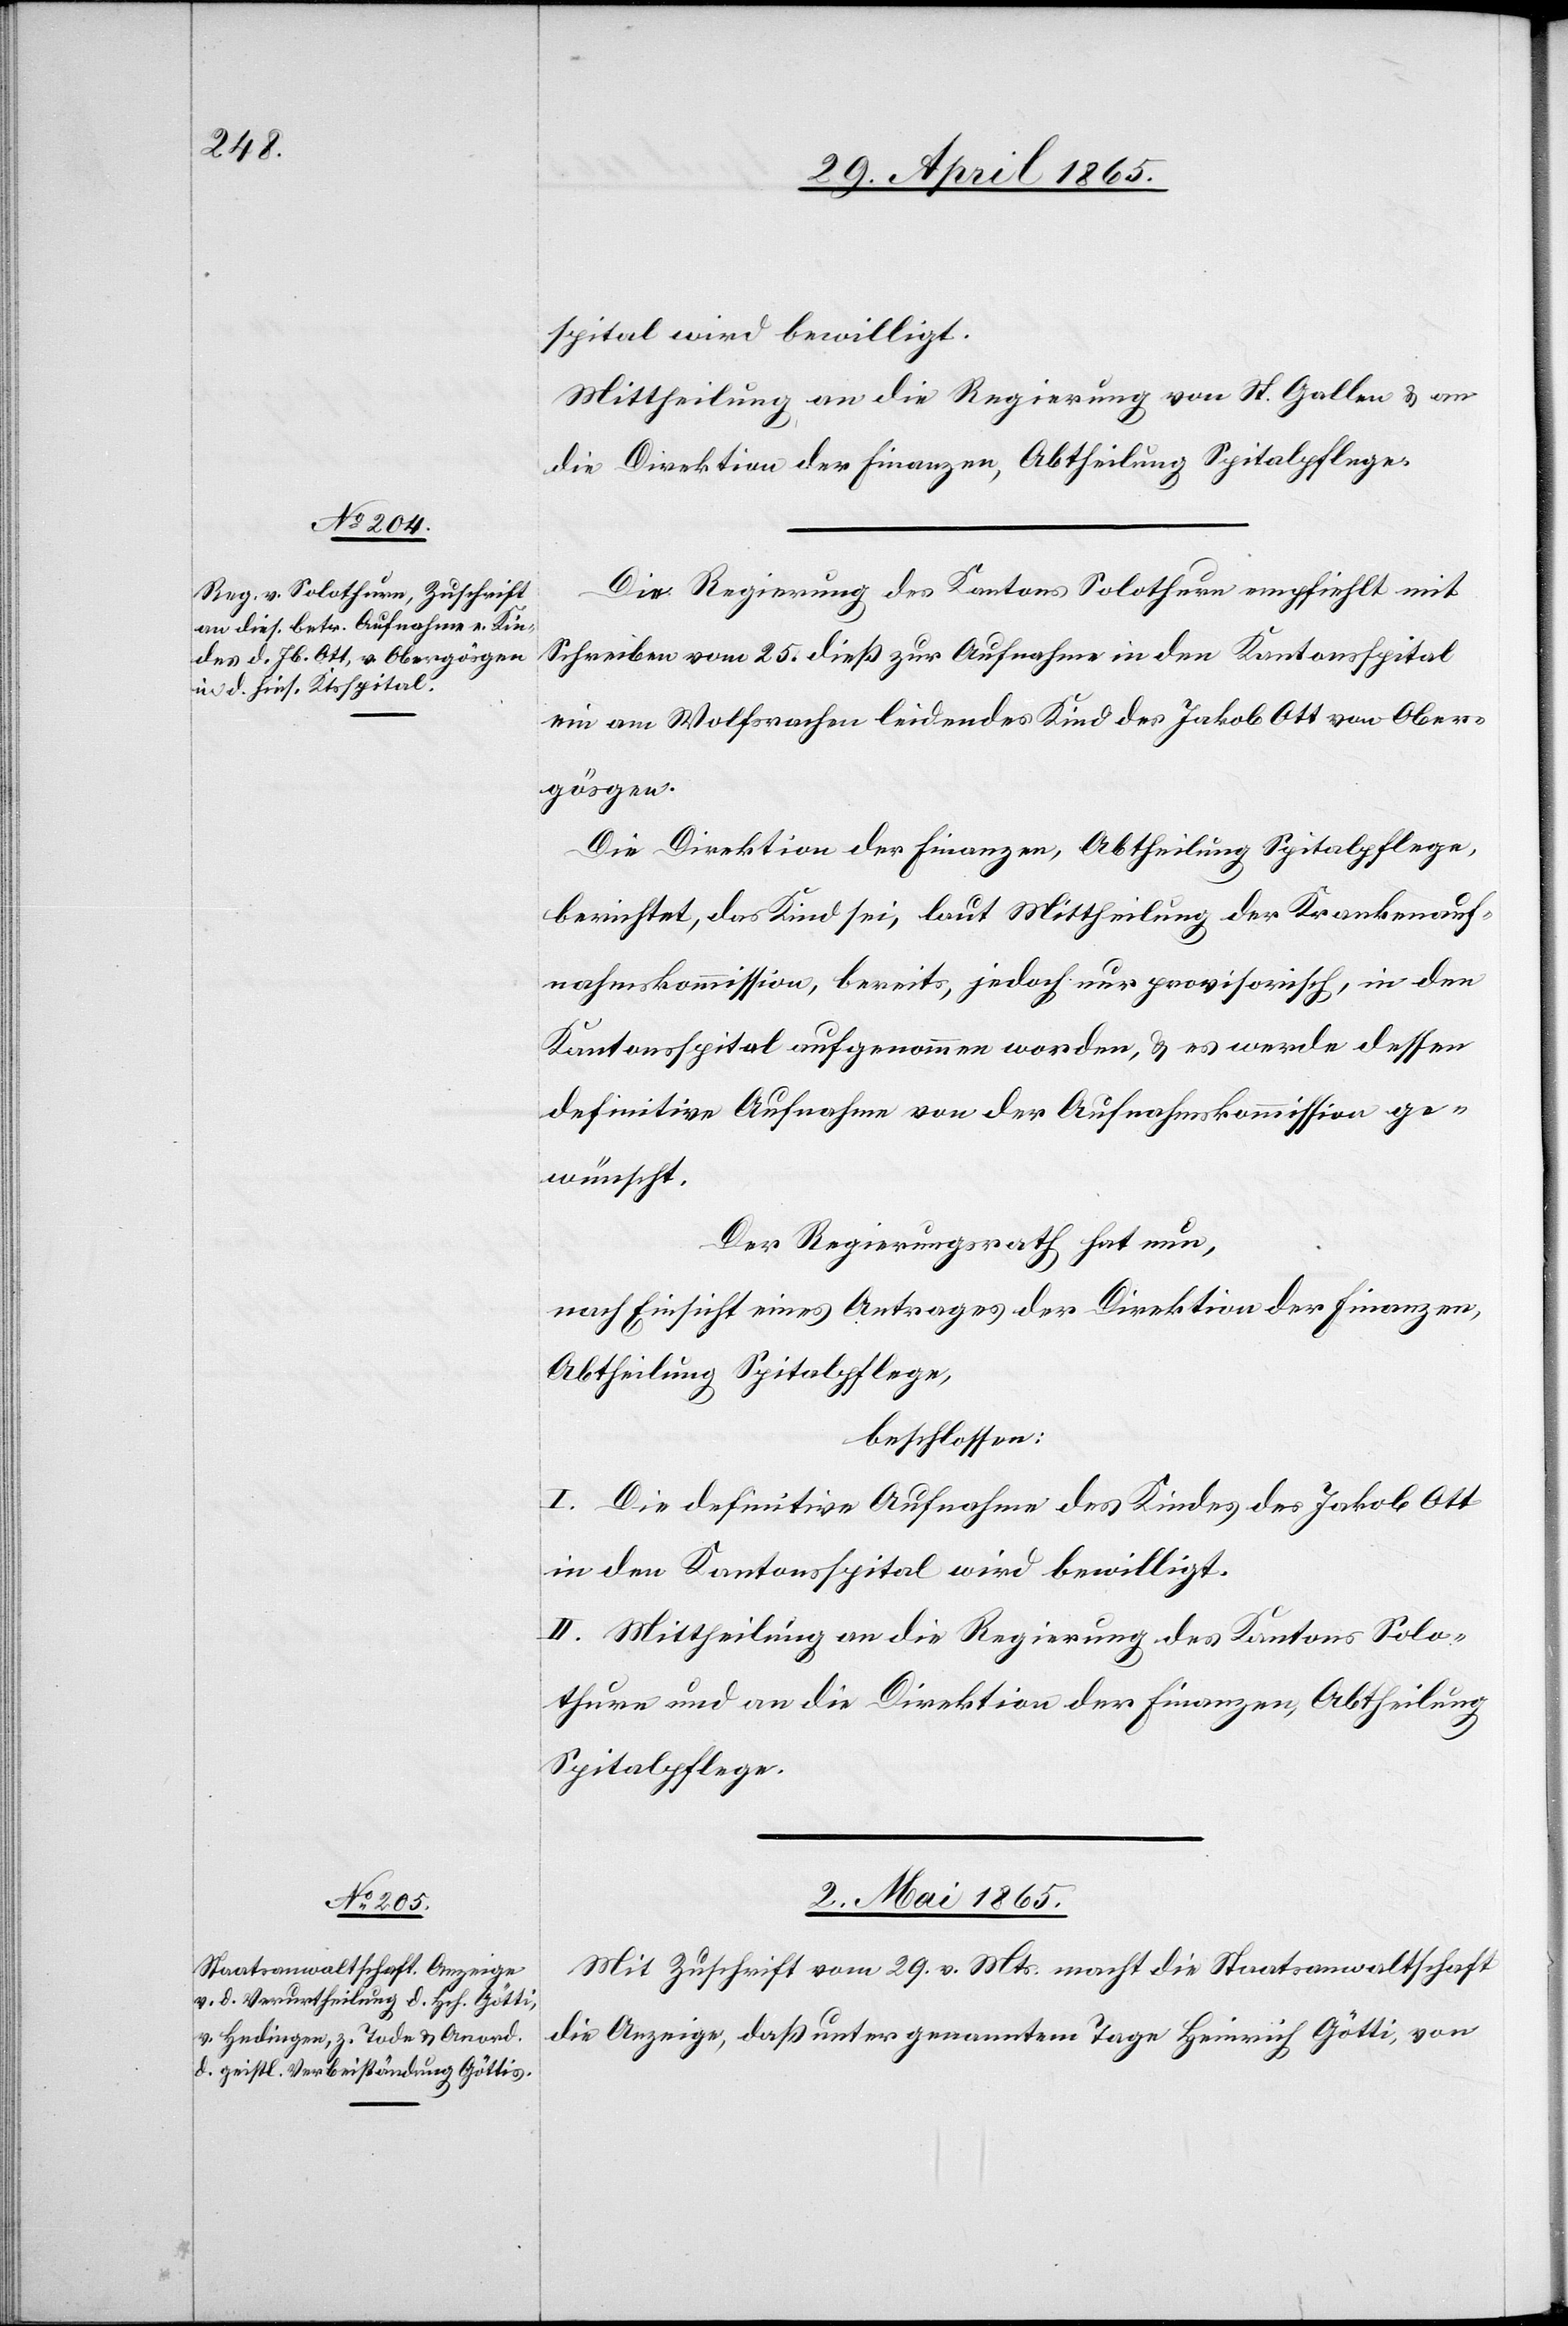
29. April 1865.]
spital wird bewilligt.
Mittheilung an die Regierung von St. Gallen & an
die Direktion der Finanzen, Abtheilung Spitalpflege.
Die Regierung des Kantons Solothurn empfiehlt mit
Schreiben vom 25. dieß zur Aufnahme in den Kantonsspital
ein am Wolfsrachen leidendes Kind des Jakob Ott von Ober¬
gösgen.
Die Direktion der Finanzen, Abtheilung Spitalpflege,
berichtet, das Kind sei, laut Mittheilung der Krankenauf¬
nahmskommission, bereits, jedoch nur provisorisch, in den
Kantonsspital aufgenommen worden, & es werde dessen
definitive Aufnahme von der Aufnahmskommission ge¬
wünscht.
Der Regierungsrath hat nun,
nach Einsicht eines Antrages der Direktion der Finanzen,
Abtheilung Spitalpflege,
beschlossen:
I. Die definitive Aufnahme des Kindes des Jakob Ott
in den Kantonsspital wird bewilligt.
II. Mittheilung an die Regierung des Kantons Solo¬
thurn und an die Direktion der Finanzen, Abtheilung
Spitalpflege.
2. Mai 1865.
Mit Zuschrift vom 29. v. Mts. macht die Staatsanwaltschaft
die Anzeige, daß unter genanntem Tage Heinrich Götti, von